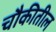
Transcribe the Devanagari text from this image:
चौकीतील